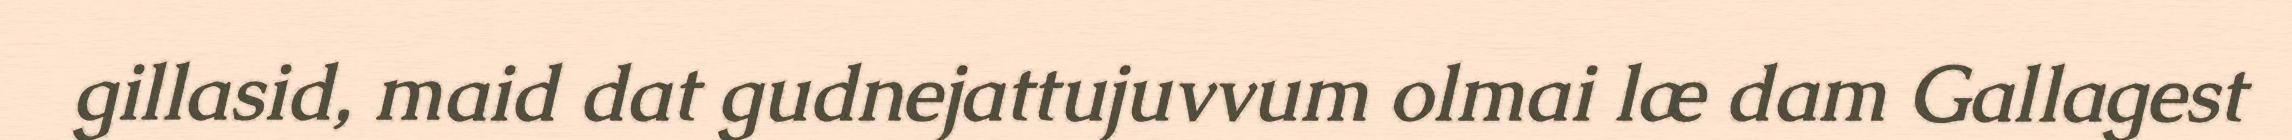
gillasid, maid dat gudnejattujuvvum olmai læ dam Gallagest